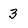
Character: 3